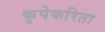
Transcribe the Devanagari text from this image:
कृपेकरिता